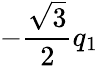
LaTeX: -\frac{\sqrt{3}}{2}q_{1}